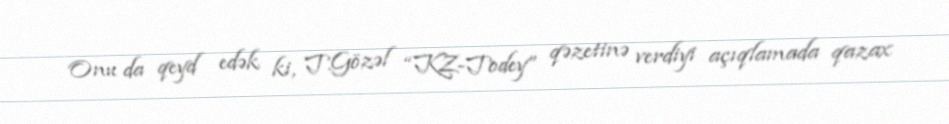
Onu da qeyd edək ki, T.Gözəl “KZ-Todey” qəzetinə verdiyi açıqlamada qazax